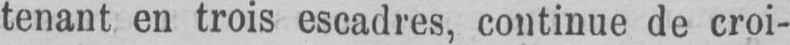
tenant en trois escadres, continue de croi-